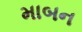
માબન